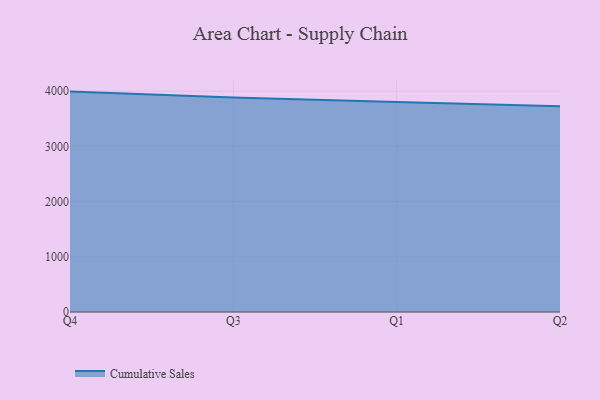
{"axis": {"x": "Quarter", "y": "Population (Million)"}, "legend": ["Cumulative Sales"], "data": [{"x": "Q4", "y": 3992.0, "type": "Cumulative Sales"}, {"x": "Q3", "y": 3885.5, "type": "Cumulative Sales"}, {"x": "Q1", "y": 3805.3, "type": "Cumulative Sales"}, {"x": "Q2", "y": 3728.3, "type": "Cumulative Sales"}]}